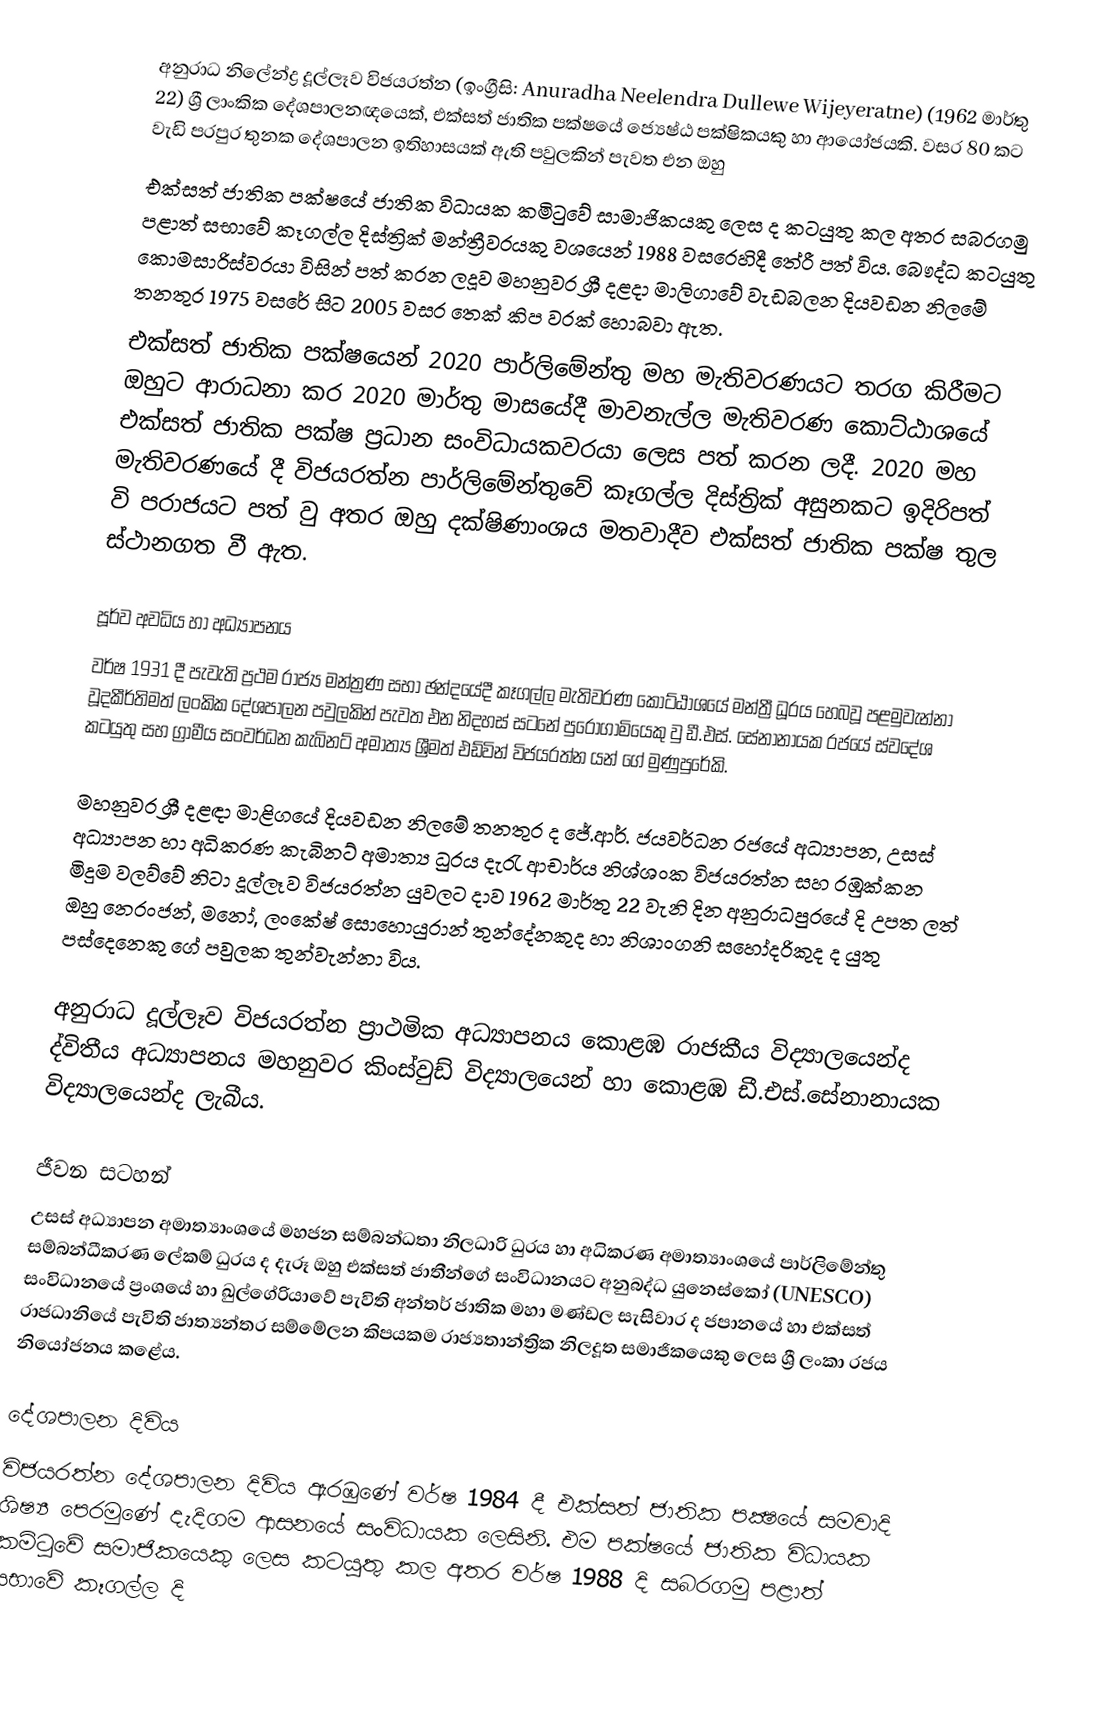
අනුරාධ නිලේන්ද්‍ර දූල්ලෑව විජයරත්න  (ඉංග්‍රීසි:  Anuradha Neelendra Dullewe Wijeyeratne) (1962 මාර්තු 22)  ශ්‍රී ලාංකික  දේශපාලනඥයෙක්, එක්සත් ජාතික පක්ෂයේ ජ්‍යෙෂ්ඨ පක්ෂිකයකු  හා ආයෝජයකි. වසර 80 කට වැඩි පරපුර තුනක දේශපාලන ඉතිහාසයක් ඇති පවුලකින් පැවත එන ඔහු
එක්සත් ජාතික පක්ෂයේ ජාතික විධායක කමිටුවේ සාමාජිකයකු ලෙස ද කටයුතු කල අතර සබරගමු පළාත් සභාවේ කෑගල්ල දිස්‌ත්‍රික්‌ මන්ත්‍රීවරයකු වශයෙන් 1988 වසරෙහිදී තේරී පත් විය.  බෞද්ධ කටයුතු කොමසාරිස්වරයා විසින් පත් කරන ලදූව මහනුවර ශ්‍රී දළදා මාලිගාවේ වැඩබලන දියවඩන නිලමේ තනතුර 1975 වසරේ සිට 2005 වසර තෙක් කිප වරක් හොබවා ඇත.
එක්සත් ජාතික පක්ෂයෙන් 2020 පාර්ලිමේන්තු මහ මැතිවරණයට තරග කිරීමට ඔහුට ආරාධනා කර 2020 මාර්තු මාසයේදී මාවනැල්ල මැතිවරණ කොට්ඨාශයේ එක්සත් ජාතික පක්ෂ ප්‍රධාන සංවිධායකවරයා ලෙස පත් කරන ලදී. 2020 මහ මැතිවරණයේ දී විජයරත්න පාර්ලිමේන්තුවේ කෑගල්ල දිස්ත්‍රික් අසුනකට ඉදිරිපත් වි පරාජයට පත් වු අතර ඔහු  දක්ෂිණාංශය මතවාදීව එක්සත් ජාතික පක්ෂ තුල ස්ථානගත වී ඇත.

පූර්ව අවධිය හා අධ්‍යාපනය
වර්ෂ 1931 දී පැවැති ප්‍රථම රාජ්‍ය මන්ත්‍රණ සභා ඡන්දයේදී කෑගල්ල මැතිවරණ කොට්ඨාශයේ මන්ත්‍රී ධූරය හෙබවූ පළමුවැන්නා වූදකීර්තිමත් ලංකික දේශපාලන පවුලකින් පැවත එන නිදහස් සටනේ පුරෝගාමියෙකු වු ඩී.එස්. සේනානායක රජයේ ස්වදේශ කටයුතු සහ ග්‍රාමීය සංවර්ධන කැබිනට් අමාත්‍ය ශ්‍රීමත් එඩ්වින් විජයරත්න යන් ගේ මුණුපුරේකි.

මහනුවර ශ්‍රී දළඳා මාළිගයේ දියවඩන නිලමේ තනතුර ද ජේ.ආර්. ජයවර්ධන රජයේ අධ්‍යාපන, උසස් අධ්‍යාපන හා අධිකරණ කැබිනට් අමාත්‍ය ධුරය දැරැ ආචාර්ය නිශ්ශංක විජයරත්න සහ රඹුක්කන මිදුම වලව්වේ නිටා දූල්ලෑව විජයරත්න යුවලට දාව 1962 මාර්තු 22 වැනි දින අනුරාධපුරයේ දි උපත ලත් ඔහු නෙරංජන්, මනෝ, ලංකේෂ් සොහොයුරාන් තුන්දේනකුද  හා නිශාංගනි සහෝදරිකුද ද යුතු පස්දෙනෙකු ගේ පවුලක තුන්වැන්නා විය.

අනුරාධ දූල්ලෑව විජයරත්න ප්‍රාථමික අධ්‍යාපනය කොළඹ රාජකීය විද්‍යාලයෙන්ද ද්විතීය අධ්‍යාපනය මහනුවර කිංස්වුඩ් විද්‍යාලයෙන්  හා කොළඹ ඩී.එස්.සේනානායක විද්‍යාලයෙන්ද ලැබීය.

ජීවන සටහන්
උසස් අධ්‍යාපන අමාත්‍යාංශයේ මහජන සම්බන්ධතා නිලධාරි ධුරය හා අධිකරණ අමාත්‍යාංශයේ පාර්ලිමේන්තු සම්බන්ධීකරණ ලේකම් ධුරය ද දැරූ ඔහු එක්සත් ජාතීන්ගේ සංවිධානයට අනුබද්ධ යුනෙස්කෝ (UNESCO) සංවිධානයේ ප්‍රංශයේ හා ඛුල්ගේරියාවේ පැවිති අන්තර් ජාතික මහා මණ්ඩල සැසිවාර ද ජපානයේ හා එක්සත් රාජධානියේ පැවිති ජාත්‍යන්තර සම්මේලන කිපයකම රාජ්‍යතාන්ත්‍රික නිලදූත සමාජිකයෙකු  ලෙස ශ්‍රී ලංකා රජය නියෝජනය කළේය.

දේශපාලන දිවිය
විජයරත්න දේශපාලන දිවිය ඇරඹුණේ  වර්ෂ 1984 දී එක්සත් ජාතික පක්‍ෂයේ සමවාදි ශිෂ්‍ය පෙරමුණේ දැදිගම ආසනයේ සංවිධායක ලෙසිනි.  එම පක්ෂයේ ජාතික විධායක කමිටුවේ සමාජිකයෙකු ලෙස කටයුතු කල අතර වර්ෂ 1988 දි සබරගමු පළාත් සභාවේ කෑගල්ල දි